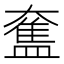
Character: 𥂙